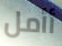
أأمل